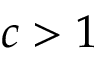
c > 1